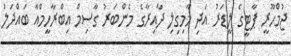
ޖުމްހޫރީ ޕާޓީގެ ލީޑަރު އަދި މާމިގިލި ދާއިރާގެ މެންބަރު ގާސިމް އިބްރާހީމްއާ ބައްދަލު